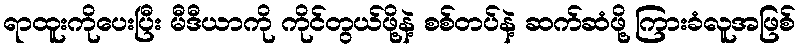
ရာထူးကိုပေးပြီး မီဒီယာကို ကိုင်တွယ်ဖို့နဲ့ စစ်တပ်နဲ့ ဆက်ဆံဖို့ ကြားခံလူအဖြစ်